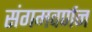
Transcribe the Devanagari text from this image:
संगमवर्णन